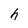
Character: h